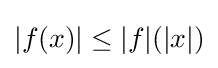
|f(x)|\leq |f|(|x|)